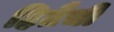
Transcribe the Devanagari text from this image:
हितैची